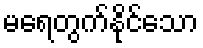
မရေတွက်နိုင်သော